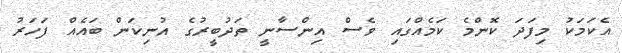
އެކަމަކު މިފަދަ ކޮންމެ ކަމެއްގައި ވެސް އިންސާނީ ތަދުބީރުގެ އުނިކަން ބައެއް ފަހަރު